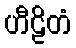
ဟီဠိတံ